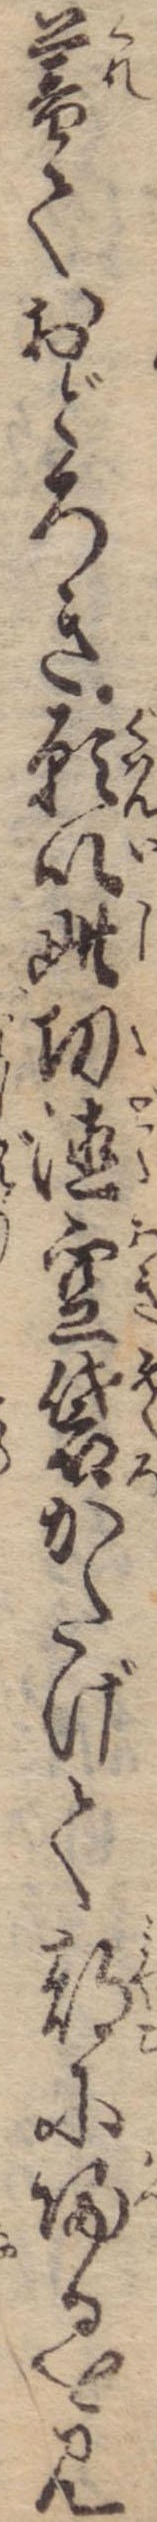
暮ておどろき願以此功徳空袋かたげて都に帰るを見